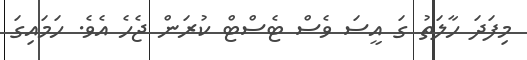
މިފަދަ ހާލަތު ގަ އީސަ ވެސް ޓެސްޓް ކުރަން ޖެހެ އެވެ. ހަމައިގަ